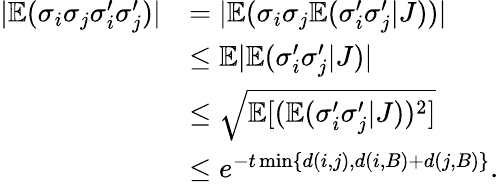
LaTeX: \begin{array}{rl}{|\mathbb{E}(\sigma_{i}\sigma_{j}\sigma_{i}^{\prime}\sigma_{j}^{\prime})|}&{=|\mathbb{E}(\sigma_{i}\sigma_{j}\mathbb{E}(\sigma_{i}^{\prime}\sigma_{j}^{\prime}|J))|}\\ &{\le\mathbb{E}|\mathbb{E}(\sigma_{i}^{\prime}\sigma_{j}^{\prime}|J)|}\\ &{\le\sqrt{\mathbb{E}[(\mathbb{E}(\sigma_{i}^{\prime}\sigma_{j}^{\prime}|J))^{2}]}}\\ &{\le e^{-t\operatorname*{min}\{ d(i,j),d(i,B)+d(j,B)\} }.}\end{array}